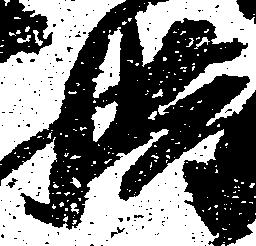
惜